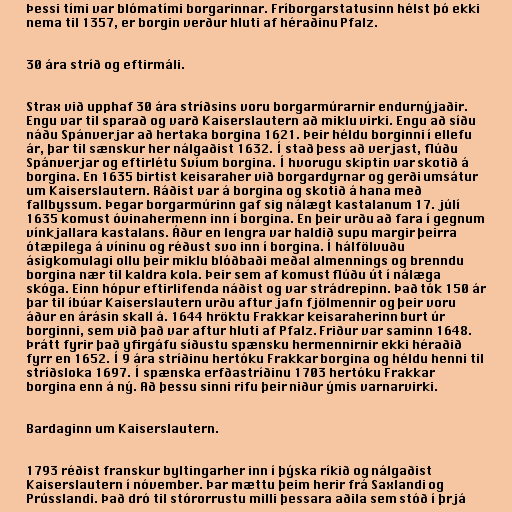
Þessi tími var blómatími borgarinnar. Fríborgarstatusinn hélst þó ekki
nema til 1357, er borgin verður hluti af héraðinu Pfalz.

30 ára stríð og eftirmáli.

Strax við upphaf 30 ára stríðsins voru borgarmúrarnir endurnýjaðir.
Engu var til sparað og varð Kaiserslautern að miklu virki. Engu að síðu
náðu Spánverjar að hertaka borgina 1621. Þeir héldu borginni í ellefu
ár, þar til sænskur her nálgaðist 1632. Í stað þess að verjast, flúðu
Spánverjar og eftirlétu Svíum borgina. Í hvorugu skiptin var skotið á
borgina. En 1635 birtist keisaraher við borgardyrnar og gerði umsátur
um Kaiserslautern. Ráðist var á borgina og skotið á hana með
fallbyssum. Þegar borgarmúrinn gaf sig nálægt kastalanum 17. júlí
1635 komust óvinahermenn inn í borgina. En þeir urðu að fara í gegnum
vínkjallara kastalans. Áður en lengra var haldið supu margir þeirra
ótæpilega á víninu og réðust svo inn í borgina. Í hálfölvuðu
ásigkomulagi ollu þeir miklu blóðbaði meðal almennings og brenndu
borgina nær til kaldra kola. Þeir sem af komust flúðu út í nálæga
skóga. Einn hópur eftirlifenda náðist og var strádrepinn. Það tók 150 ár
þar til íbúar Kaiserslautern urðu aftur jafn fjölmennir og þeir voru
áður en árásin skall á. 1644 hröktu Frakkar keisaraherinn burt úr
borginni, sem við það var aftur hluti af Pfalz. Friður var saminn 1648.
Þrátt fyrir það yfirgáfu síðustu spænsku hermennirnir ekki héraðið
fyrr en 1652. Í 9 ára stríðinu hertóku Frakkar borgina og héldu henni til
stríðsloka 1697. Í spænska erfðastríðinu 1703 hertóku Frakkar
borgina enn á ný. Að þessu sinni rifu þeir niður ýmis varnarvirki.

Bardaginn um Kaiserslautern.

1793 réðist franskur byltingarher inn í þýska ríkið og nálgaðist
Kaiserslautern í nóvember. Þar mættu þeim herir frá Saxlandi og
Prússlandi. Það dró til stórorrustu milli þessara aðila sem stóð í þrjá